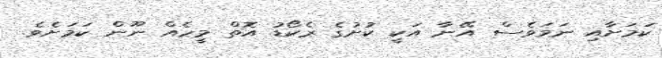
ކަމަށާއި ނަމަވެސް އޭނާ އަކީ ކުށުގެ ރެކޯޑު އޮތް މީހެއް ނޫން ކަމަށެވެ.